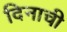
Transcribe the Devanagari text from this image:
दिनाची